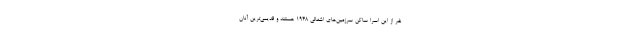
نفر از این اسرا ساکن سرزمین‌های اشغالی ۱۹۴۸ هستند و قدیمی‌ترین آنان